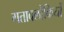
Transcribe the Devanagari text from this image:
गतावलोकियों